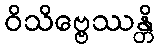
ဝိသိဗ္ဗေဿန္တိ